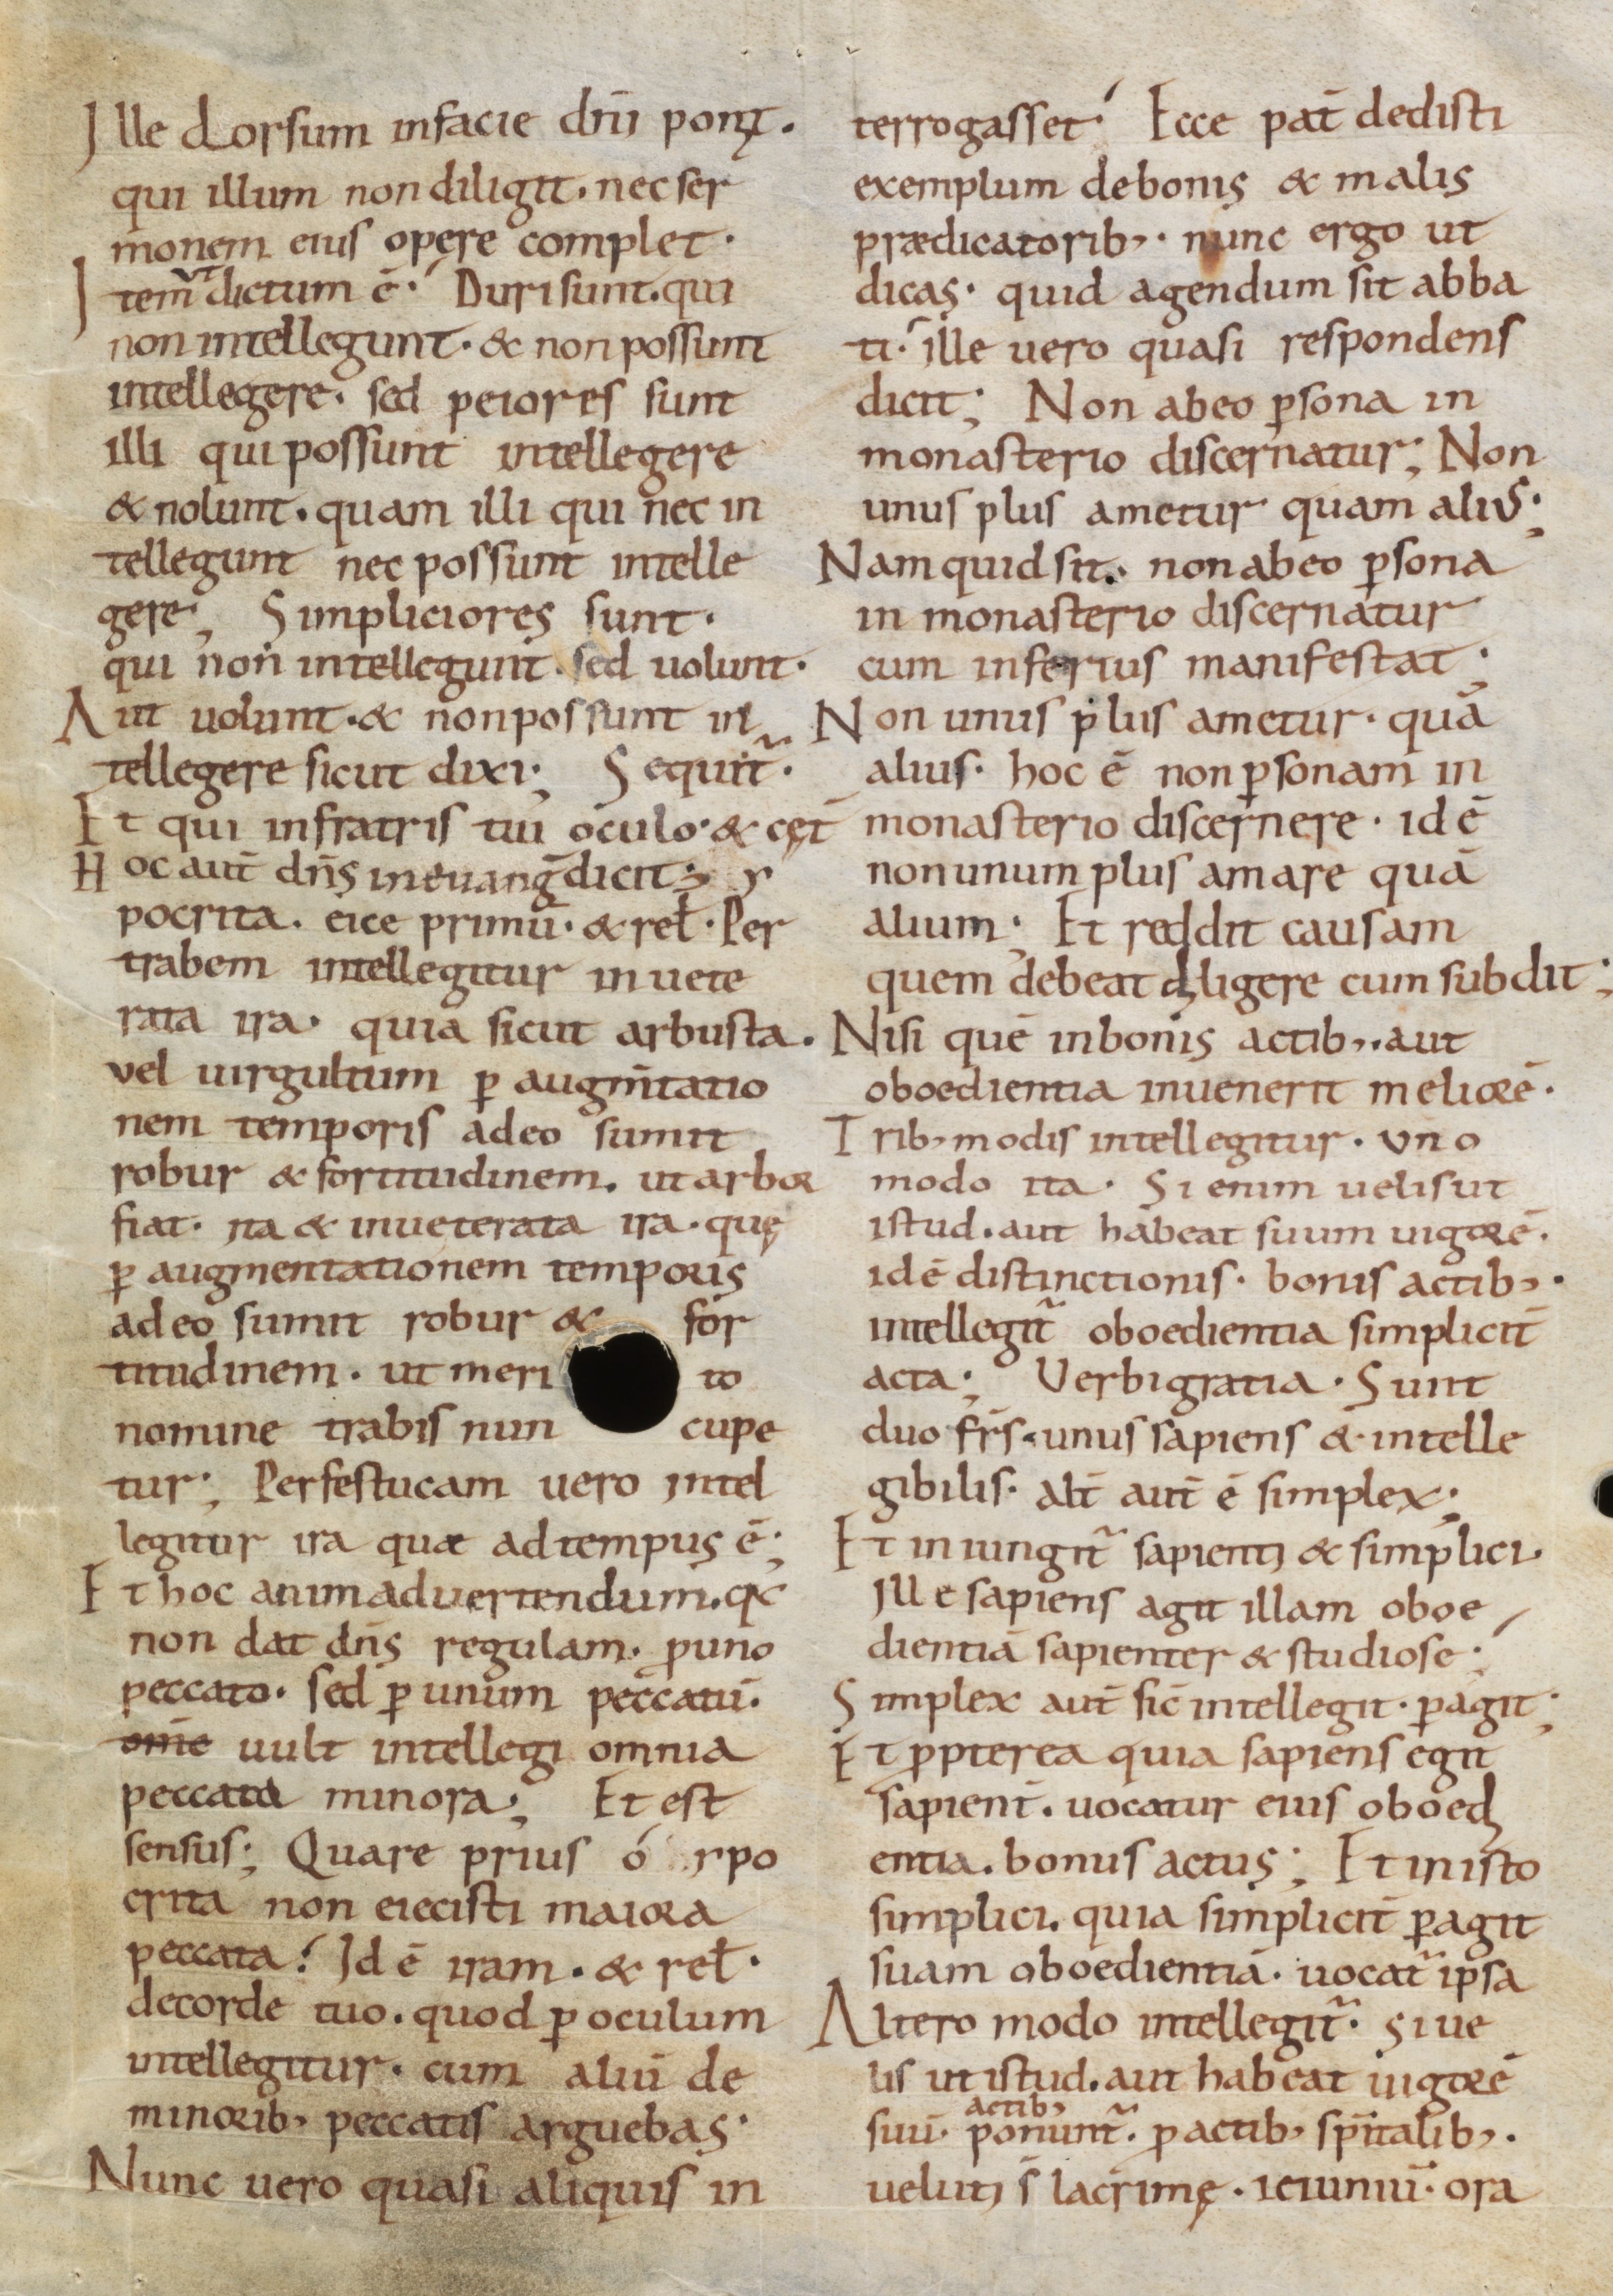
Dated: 800–999